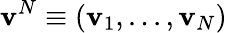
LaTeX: \textbf{v}^{N}\equiv(\textbf{v}_{1},...,\textbf{v}_{N})